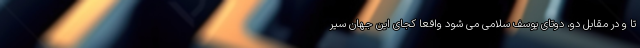
تا و در مقابل دو، دوتای یوسف سلامی می شود واقعا کجای این جهان سیر